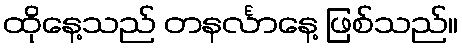
ထိုနေ့သည် တနင်္လာနေ့ ဖြစ်သည်။